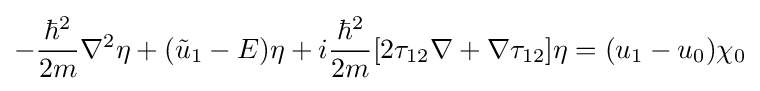
-{\frac {\hbar ^{2}}{2m}}\nabla ^{2}\eta +({\tilde {u}}_{1}-E)\eta +i{\frac {\hbar ^{2}}{2m}}[2\mathbf {\tau } _{12}\nabla +\nabla \mathbf {\tau } _{12}]\eta =(u_{1}-u_{0})\chi _{0}